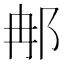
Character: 𨚗